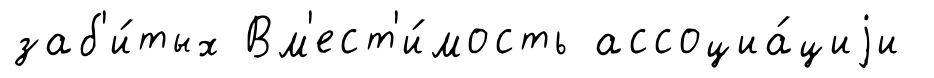
заб'и́тых Вм'ест'и́мость ассоциа́циjи